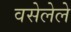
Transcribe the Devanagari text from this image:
वसेलेले